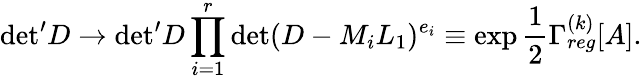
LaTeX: {\operatorname*{det}}^{\prime}D\to{\operatorname*{det}}^{\prime}D\prod_{i=1}^{r}\operatorname*{det}(D-M_{i}L_{1})^{e_{i}}\equiv\exp\frac{1}{2}\Gamma_{reg}^{(k)}[A].